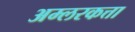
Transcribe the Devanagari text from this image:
अम्लरकत्ता